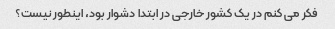
فکر می کنم در یک کشور خارجی در ابتدا دشوار بود، اینطور نیست؟